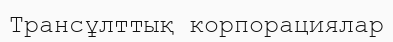
Трансұлттық корпорациялар